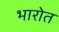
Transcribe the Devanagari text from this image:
भारोत